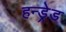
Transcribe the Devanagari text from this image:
हन्ड्रेड